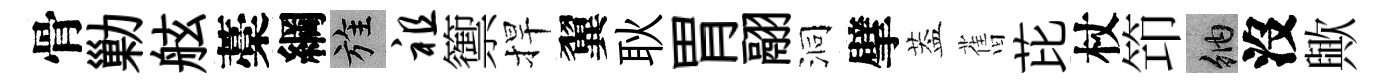
骨勦舷藁綱旌祖籞捍翼耿胃翮洞擘葢𦾔芘杖笻納沒歟